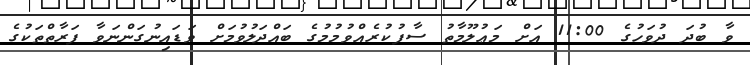
ވާ ބުދަ ދުވަހުގެ 11:00 އަށް މަޢުލޫމާތު ސާފުކުރެއްވުމުމުގެ ބައްދަލުވުމަށް ވަޑައިނުގަންނަވާ ފަރާތްތަކުގެ